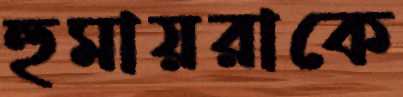
হুমায়রাকে